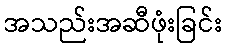
အသည်းအဆီဖုံးခြင်း